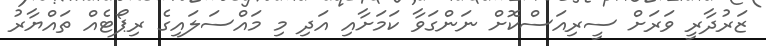
ޒަރުދާރީ ވަރަށް ސީރިއަސްކޮށް ނަންގަވާ ކަމަށާއި އަދި މި މައްސަލައިގެ ރިޕޯޓެއް ތައްޔާރު